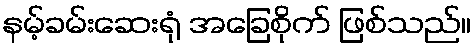
နမ့်ခမ်းဆေးရုံ အခြေစိုက် ဖြစ်သည်။